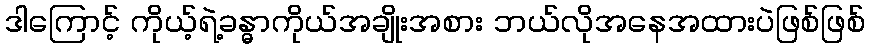
ဒါကြောင့် ကိုယ့်ရဲ့ခန္ဓာကိုယ်အချိုးအစား ဘယ်လိုအနေအထားပဲဖြစ်ဖြစ်